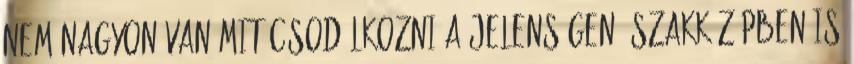
Nem nagyon van mit csodálkozni a jelenségen, szakközépben is